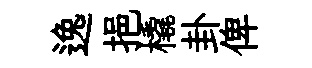
逸挹橇卦俾